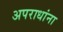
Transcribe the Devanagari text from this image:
अपराधांना